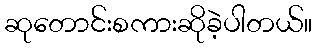
ဆုတောင်းစကားဆိုခဲ့ပါတယ်။